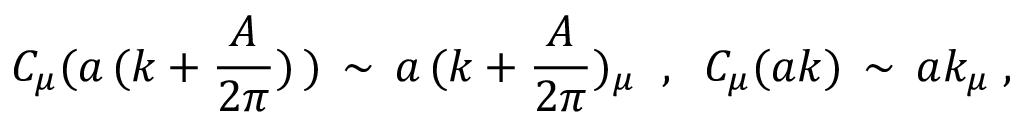
C _ { \mu } ( a \, ( k + \frac { A } { 2 \pi } ) \, ) \, \sim \, a \, ( k + \frac { A } { 2 \pi } ) _ { \mu } \; \; , \; \; C _ { \mu } ( a k ) \, \sim \, a k _ { \mu } \; ,